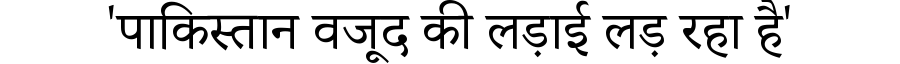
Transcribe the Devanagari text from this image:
'पाकिस्तान वजूद की लड़ाई लड़ रहा है'